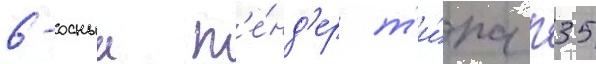
6-осныи т'е́нд'ер т'и́па п35